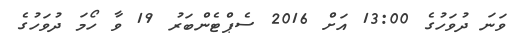
ވަނަ ދުވަހުގެ 13:00 އަށް 2016 ސެޕްޓެންބަރު 19 ވާ ހޯމަ ދުވަހުގެ